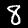
Digit: 8